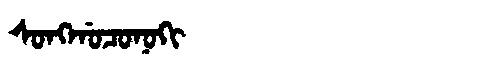
Manchu: ᠰᠣᠩᡤᠣᠴᠣᠨᠣᡴᡳ
Romanization: SONGGOCONOKI